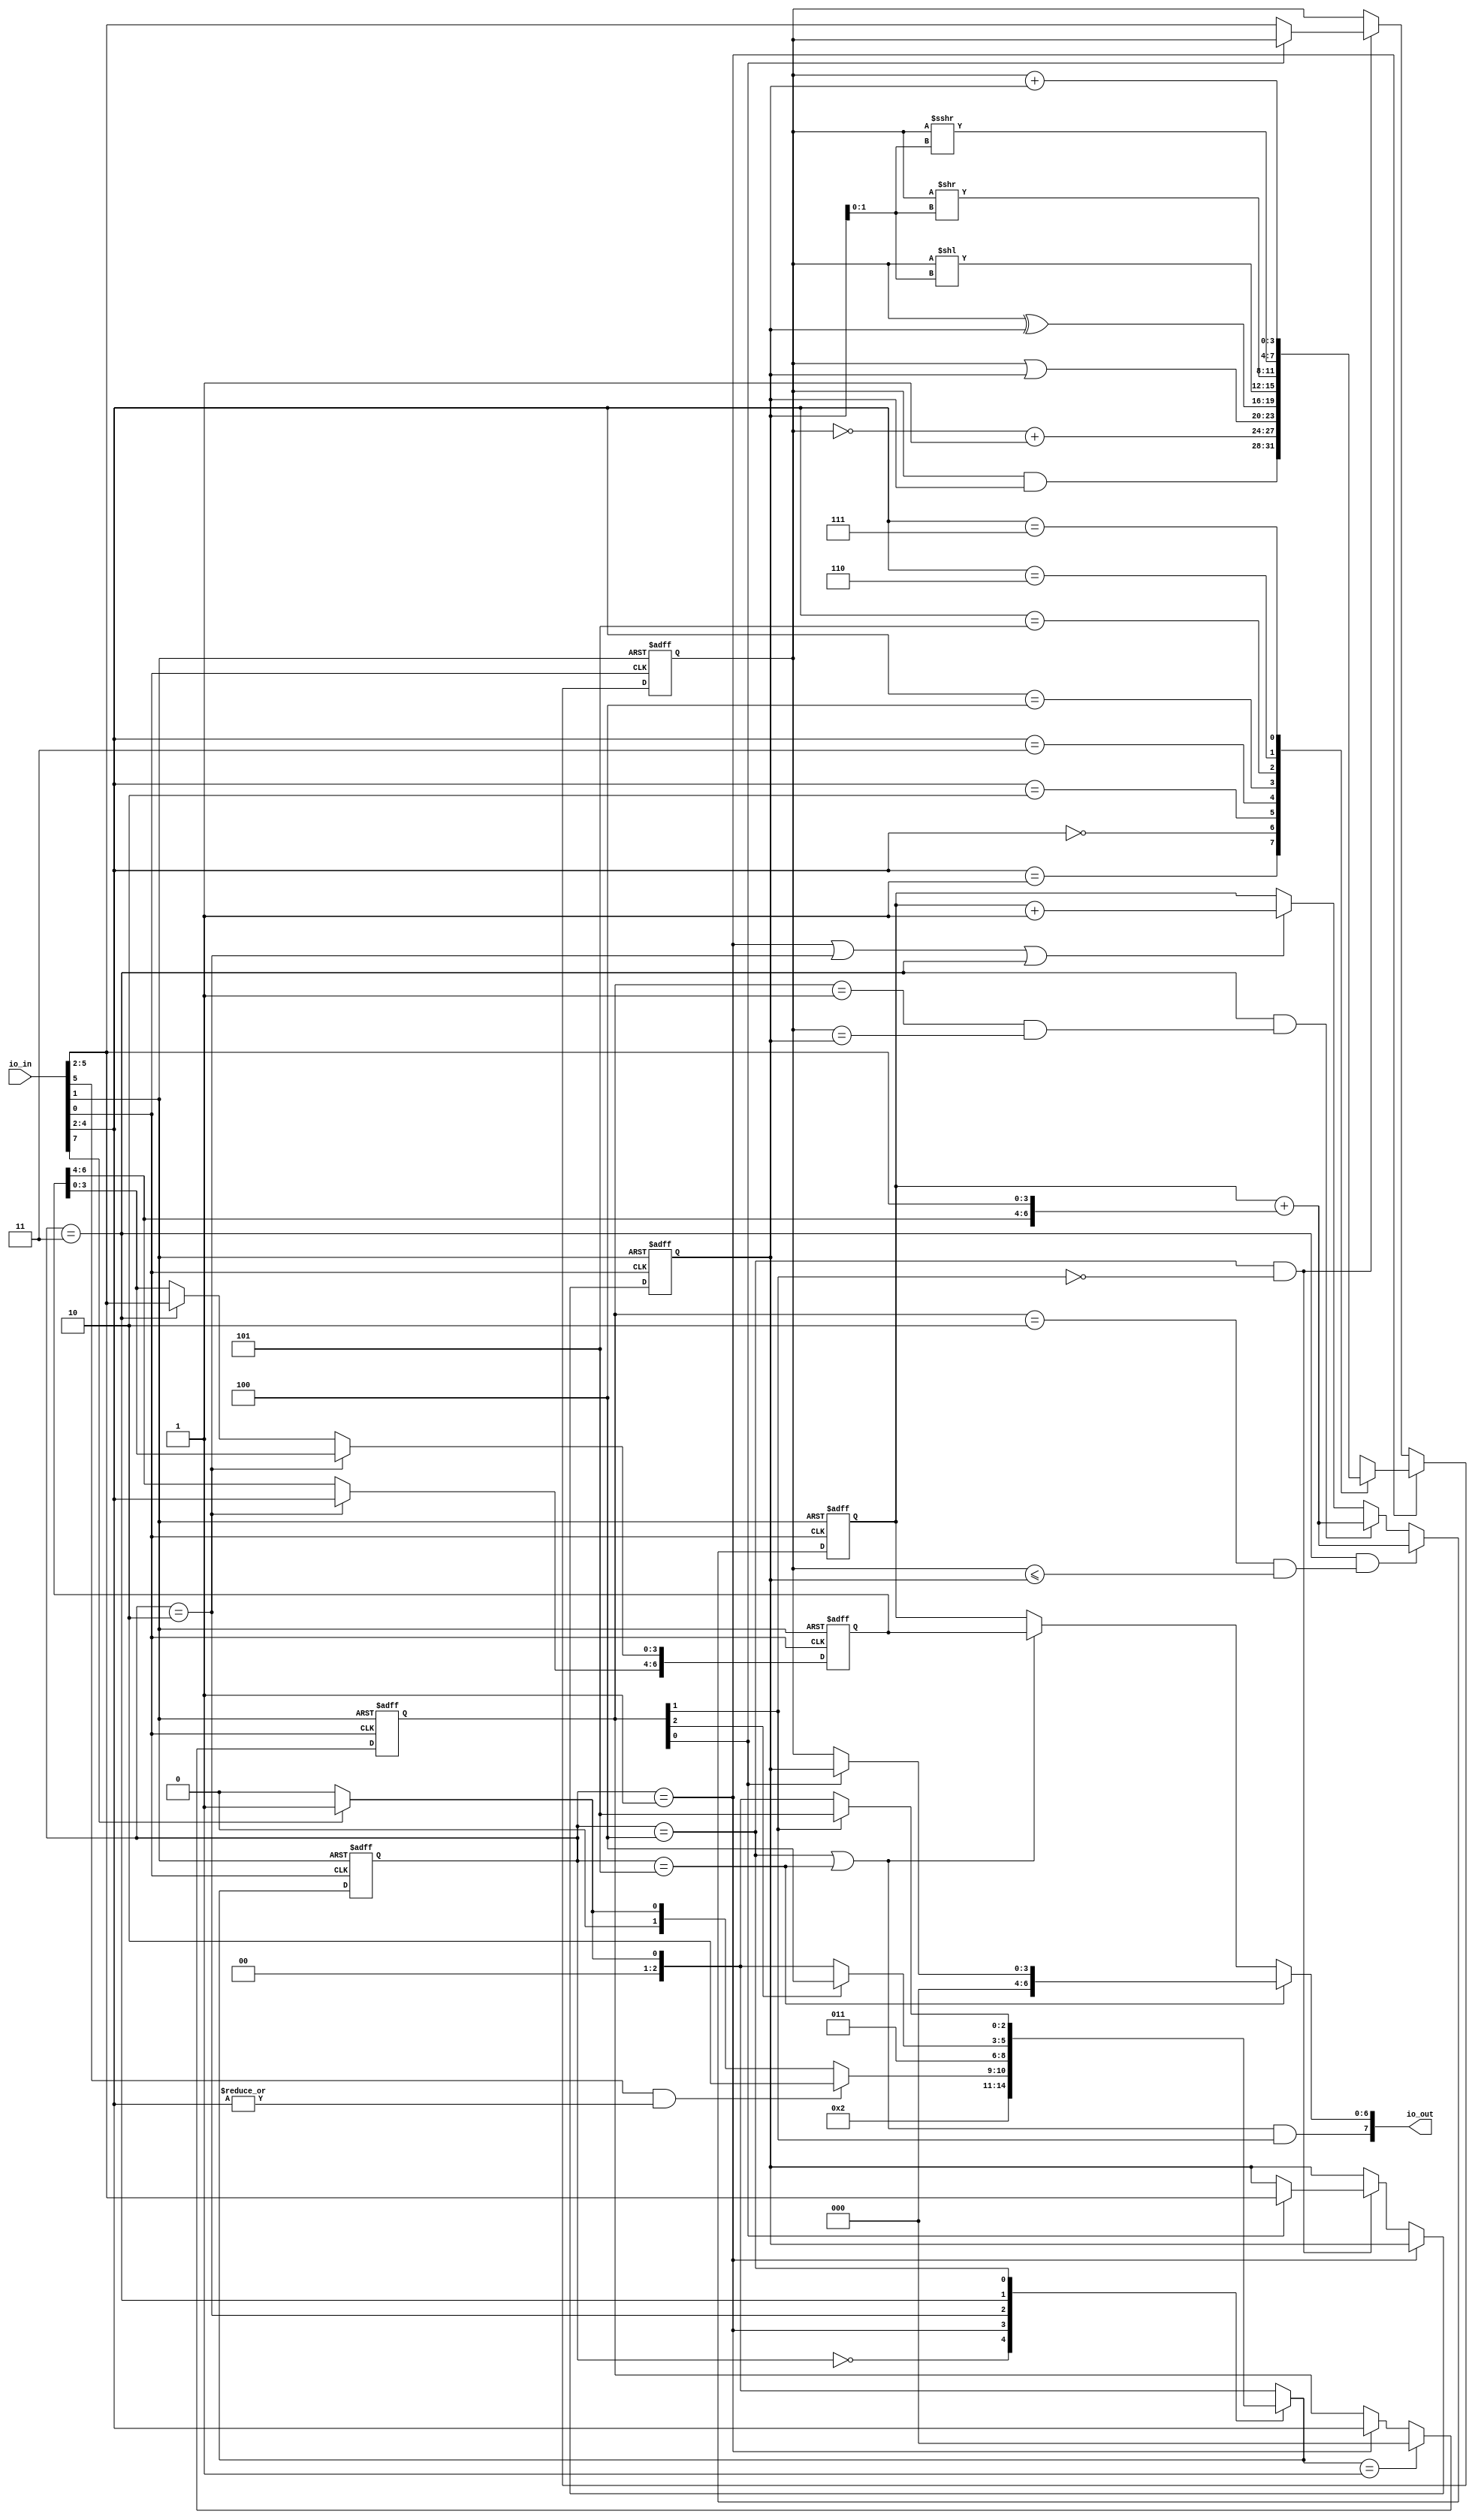
// This program was cloned from: https://github.com/sarfrazenator/Sarfraz_TinyTapeout
// License: Apache License 2.0

`default_nettype none

module user_module_341476989274686036(
    input [7:0] io_in,
    output [7:0] io_out
    );
    
    localparam OP_NGA = 4'h0;
    localparam OP_AND = 4'h1;
    localparam OP_OR  = 4'h2;
    localparam OP_XOR = 4'h3;
    localparam OP_SLL = 4'h4;
    localparam OP_SRL = 4'h5;
    localparam OP_SRA = 4'h6;
    localparam OP_ADD = 4'h7;
    localparam OP_NOP = 4'h8;
    localparam OP_BEQ = 4'h9;
    localparam OP_BLE = 4'hA;
    localparam OP_JMP = 4'hB;
    localparam OP_LDA = 4'hC;
    localparam OP_LDB = 4'hD;
    localparam OP_STA = 4'hE;
    localparam OP_STB = 4'hF;
    
    wire clk = io_in[0];
    wire rst_p = io_in[1];
    wire[3:0] data_in = io_in[5:2];
    wire fast = io_in[7];
    
    wire wcyc;
    wire[6:0] addr;
    
    reg[3:0] reg_a;
    reg[3:0] reg_b;
    reg[6:0] tmp;
    reg[6:0] pc;
    
    reg[2:0] opcode_lsb;
        
    localparam STATE_ADDR  = 3'h0; //Fetch
    localparam STATE_OP    = 3'h1; //Execute
    localparam STATE_MEM1  = 3'h2; //AddrH
    localparam STATE_MEM2  = 3'h3; //AddrL
    localparam STATE_MEM3  = 3'h4; //Load or Put Write ADDR
    localparam STATE_MEM4  = 3'h5; //Write DATA
    reg[2:0] state;
    reg[2:0] next_state;

    always@(posedge clk or posedge rst_p) begin
        if(rst_p) begin
            opcode_lsb <= 0;
        end else begin
            if(next_state == STATE_OP)
                opcode_lsb <= 0;
            else if(state == STATE_OP) begin
                opcode_lsb <= data_in[2:0];
            end
        end
    end

    always@(posedge clk or posedge rst_p) begin
        if(rst_p) state <= STATE_ADDR;
        else state <= next_state;
    end 
    
    always@(*) begin
        next_state <= fast ? STATE_OP : STATE_ADDR;
        case(state)
            STATE_ADDR: next_state <= STATE_OP;
            STATE_OP: if(data_in[3] & |data_in[2:0]) next_state <= STATE_MEM1;
            STATE_MEM1: next_state <= STATE_MEM2;
            STATE_MEM2: if(opcode_lsb[2]) next_state <= STATE_MEM3;
            STATE_MEM3: if(opcode_lsb[1]) next_state <= STATE_MEM4;
        endcase
    end
    
    always@(posedge clk or posedge rst_p) begin
        if(rst_p) begin
            reg_a <= 0;
            reg_b <= 0;
        end else begin
            if(state == STATE_OP)
                case(data_in[2:0])
                    OP_AND: reg_a <= reg_a & reg_b;
                    OP_NGA: reg_a <= ~reg_a + 1;
                    OP_OR:  reg_a <= reg_a | reg_b;
                    OP_XOR: reg_a <= reg_a ^ reg_b;
                    OP_SLL: reg_a <= reg_a << reg_b[1:0];
                    OP_SRL: reg_a <= reg_a >> reg_b[1:0];
                    OP_SRA: reg_a <= reg_a >>> reg_b[1:0];
                    OP_ADD: reg_a <= reg_a + reg_b;
                endcase
            else if(state == STATE_MEM3 && !opcode_lsb[1])
                if(opcode_lsb[0]) reg_b <= data_in;
                else reg_a <= data_in;
        end
    end
    
    always@(posedge clk or posedge rst_p) begin
        if(rst_p)
            tmp <= 0;
        else if(state == STATE_MEM1) tmp[6:4] <= data_in[2:0];
        else if(state == STATE_MEM2) tmp[3:0] <= data_in;
    end    
    
    always@(posedge clk or posedge rst_p) begin
        if(rst_p) pc <= 0;
        else if(state == STATE_MEM2 && ((opcode_lsb[2:0]==OP_BLE[2:0]) && (reg_a <= reg_b))) pc <= pc + {tmp[6:4],data_in};
        else if(state == STATE_MEM2 && ((opcode_lsb[2:0]==OP_BEQ[2:0]) && (reg_a == reg_b))) pc <= pc + {tmp[6:4],data_in};
        else if(state == STATE_MEM2 && (opcode_lsb[2:0]==OP_JMP)) pc <= {tmp[6:4],data_in};
        else if(state == STATE_OP || state == STATE_MEM1 || state == STATE_MEM2) pc <= pc + 1;
    end
    
    assign wcyc = ((state == STATE_MEM3) || (state == STATE_MEM4)) & opcode_lsb[1];
    assign addr = ((state == STATE_MEM3) || (state == STATE_MEM4)) ? tmp : pc;
    assign io_out[6:0] = state == STATE_MEM4 ? (opcode_lsb[0] ? {3'b0,reg_b} : {3'b0,reg_a}) : addr;
    assign io_out[7] = wcyc;
    
endmodule